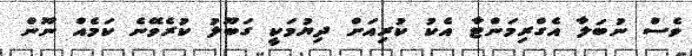
ވެސް ނުބަލާ އެގްރިމަންޓާ އެކު ކުރިއަށް ދިޔުމަކީ ގަބޫލު ކުރެވޭނެ ކަމެއް ނޫން